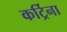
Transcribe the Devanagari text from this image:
कर्ट्रिना